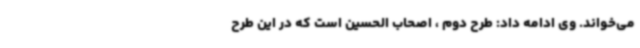
می‌خواند. وی ادامه داد: طرح دوم ، اصحاب الحسین است که در این طرح